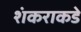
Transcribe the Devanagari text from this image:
शंकराकडे